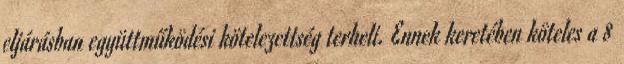
eljárásban együttműködési kötelezettség terheli. Ennek keretében köteles a 8